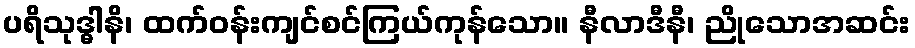
ပရိသုဒ္ဓါနိ၊ ထက်ဝန်းကျင်စင်ကြယ်ကုန်သော။ နီလာဒီနီ၊ ညိုသောအဆင်း